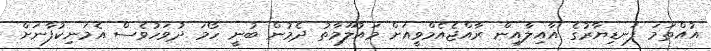
އުއްތަމަ ފަނޑިޔާރުގެ އާއިލާއިން ރާއްޖެއެމްވީއަށް މައުލޫމާތު ދެމުން ބުނީ ހޯމަ ދުވަހުވެސް އެމަނިކުފާނަށް